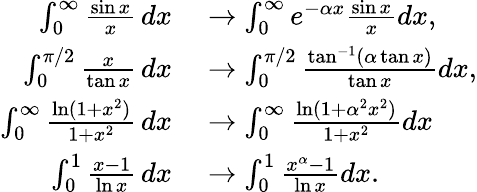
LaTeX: \begin{array}{rl}{\int_{0}^{\infty}{\frac{\sin x}{x}}\, dx}&{{}\to\int_{0}^{\infty}e^{-\alpha x}{\frac{\sin x}{x}}dx,}\\ {\int_{0}^{\pi/2}{\frac{x}{\tan x}}\, dx}&{{}\to\int_{0}^{\pi/2}{\frac{\tan^{-1}(\alpha\tan x)}{\tan x}}dx,}\\ {\int_{0}^{\infty}{\frac{\ln(1+x^{2})}{1+x^{2}}}\, dx}&{{}\to\int_{0}^{\infty}{\frac{\ln(1+\alpha^{2}x^{2})}{1+x^{2}}}dx}\\ {\int_{0}^{1}{\frac{x-1}{\ln x}}\, dx}&{{}\to\int_{0}^{1}{\frac{x^{\alpha}-1}{\ln x}}dx.}\end{array}